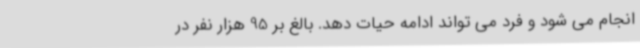
انجام می شود و فرد می تواند ادامه حیات دهد. بالغ بر 95 هزار نفر در